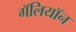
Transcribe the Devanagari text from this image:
गॅलियॉन